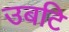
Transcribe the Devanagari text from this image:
उबटि